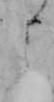
よ